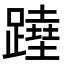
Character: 𨅣